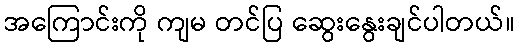
အကြောင်းကို ကျမ တင်ပြ ဆွေးနွေးချင်ပါတယ်။